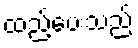
ထည့်ပေးသည်